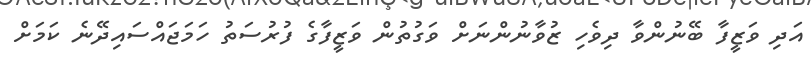
އަދި ވަޒީފާ ބޭނުންވާ ދިވެހި ޒުވާނުންނަށް ވަގުތުން ވަޒީފާގެ ފުރުސަތު ހަމަޖައްސައިދޭނެ ކަމަށް